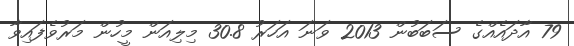
79 އާދައެއްގެ ސަބަބުން 2013 ވަނަ އަހަރު 30.8 މިލިއަން މީހުން މަރުވެފައިވާ